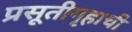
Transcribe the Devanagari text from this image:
प्रसूतीगृहाची